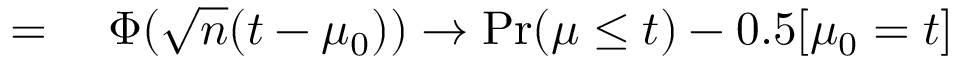
\begin{array} { r l } { = { } } & { { } \Phi ( { \sqrt { n } } ( t - \mu _ { 0 } ) ) \rightarrow \operatorname* { P r } ( \mu \leq t ) - 0 . 5 [ \mu _ { 0 } = t ] } \end{array}